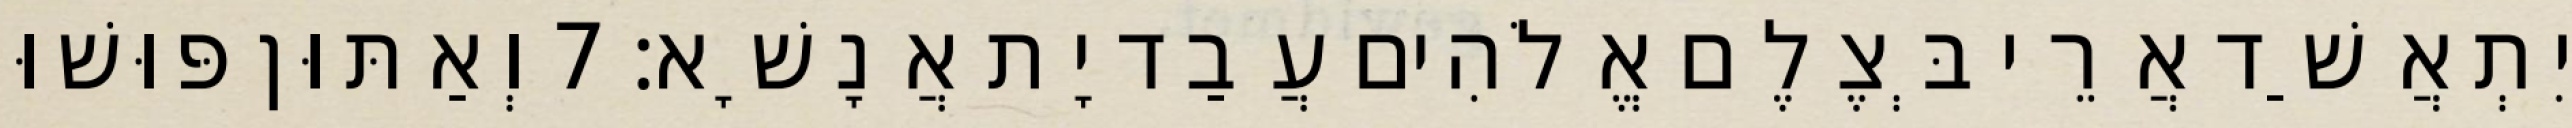
יִתְאֲשַׁד אֲרֵי בְּצֶלֶם אֱלֹהִים עֲבַד יָת אֲנָשָׁא׃ 7 וְאַתּוּן פּוּשׁוּ